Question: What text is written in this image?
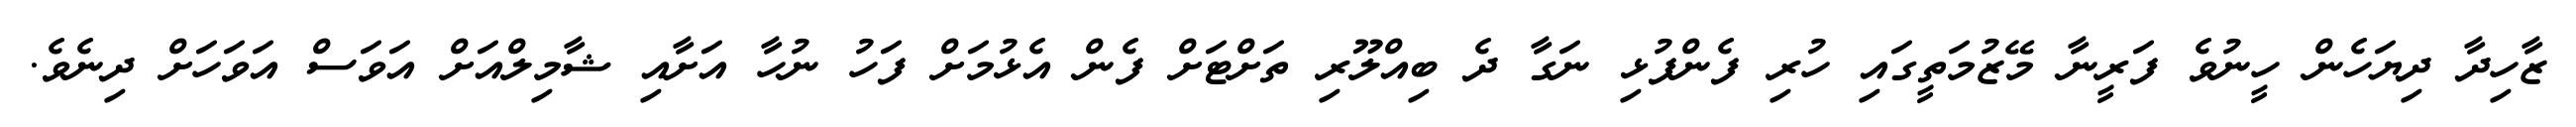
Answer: ޒާހިދާ ދިޔަހެން ހީނުވެ ފަރީނާ މޭޒުމަތީގައި ހުރި ފެންފުޅި ނަގާ ދެ ބިއްލޫރި ތަށްޓަށް ފެން އެޅުމަށް ފަހު ނުހާ އަށާއި ޝާމިލްއަށް އަވަސް އަވަހަށް ދިނެވެ.